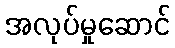
အလုပ်မှုဆောင်